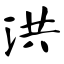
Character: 洪